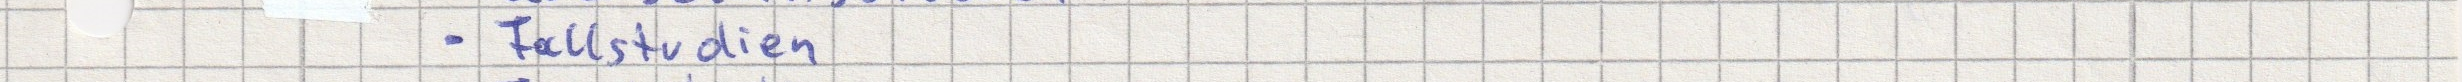
- Fallstudien